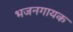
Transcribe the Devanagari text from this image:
भजनगायक